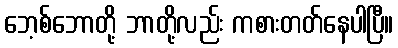
ဘေ့စ်ဘောတို့ ဘာတို့လည်း ကစားတတ်နေပါပြီ။